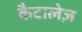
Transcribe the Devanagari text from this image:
कैटालेज़